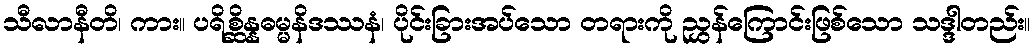
သီလာနီတိ၊ ကား။ ပရိစ္ဆိန္နဓမ္မနိဒဿနံ၊ ပိုင်းခြားအပ်သော တရားကို ညွှန်ကြောင်းဖြစ်သော သဒ္ဒါတည်း။